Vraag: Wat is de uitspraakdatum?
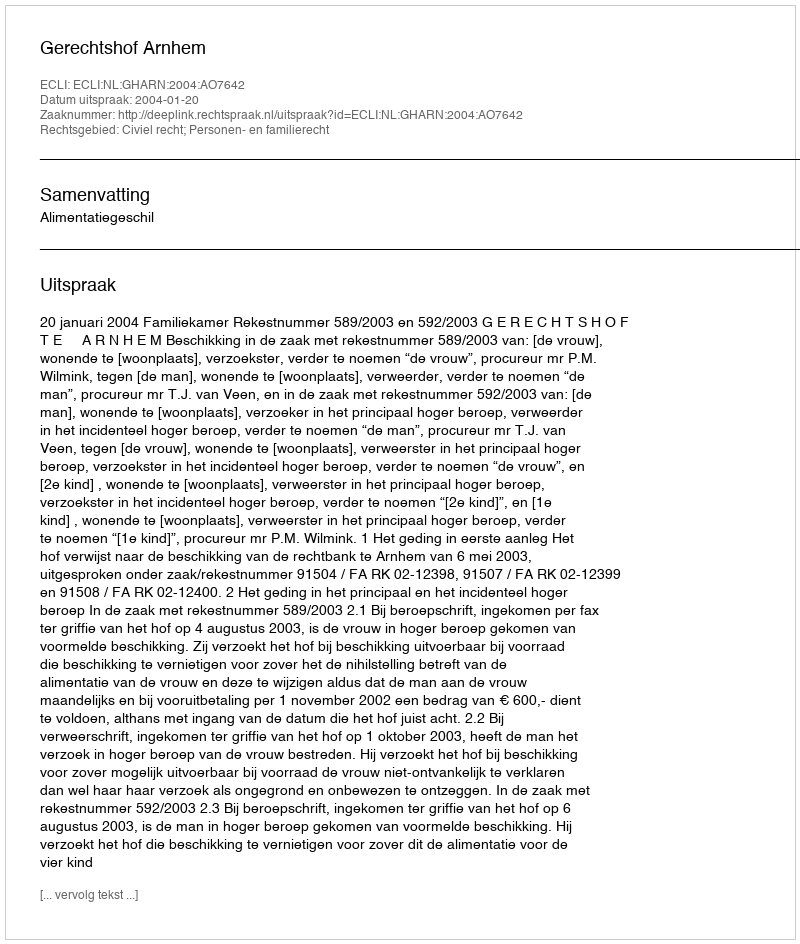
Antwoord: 2004-01-20